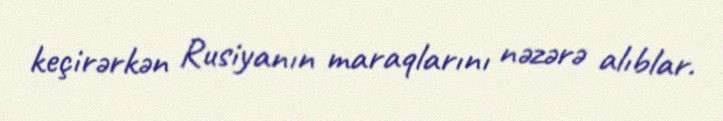
keçirərkən Rusiyanın maraqlarını nəzərə alıblar.